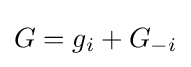
G=g_{i}+G_{-i}